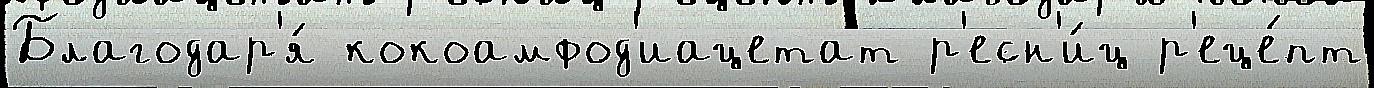
Благодар'я́ кокоамфод'иацетат р'есн'и́ц р'еце́пт